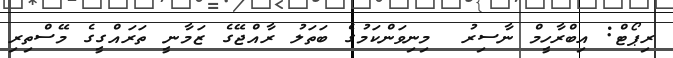
ރިޕޯޓް: އިބްރާހީމް ނާސިރު  މިނިވަންކަމުގެ ބަތަލު ރާއްޖޭގެ ޒަމާނީ ތަރައްގީގެ މޭސްތިރި